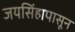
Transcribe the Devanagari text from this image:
जयसिंहापासून